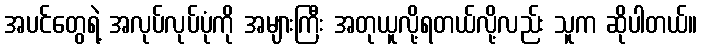
အပင်တွေရဲ့ အလုပ်လုပ်ပုံကို အများကြီး အတုယူလို့ရတယ်လို့လည်း သူက ဆိုပါတယ်။